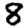
Digit: 8